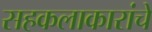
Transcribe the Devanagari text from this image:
सहकलाकारांचे